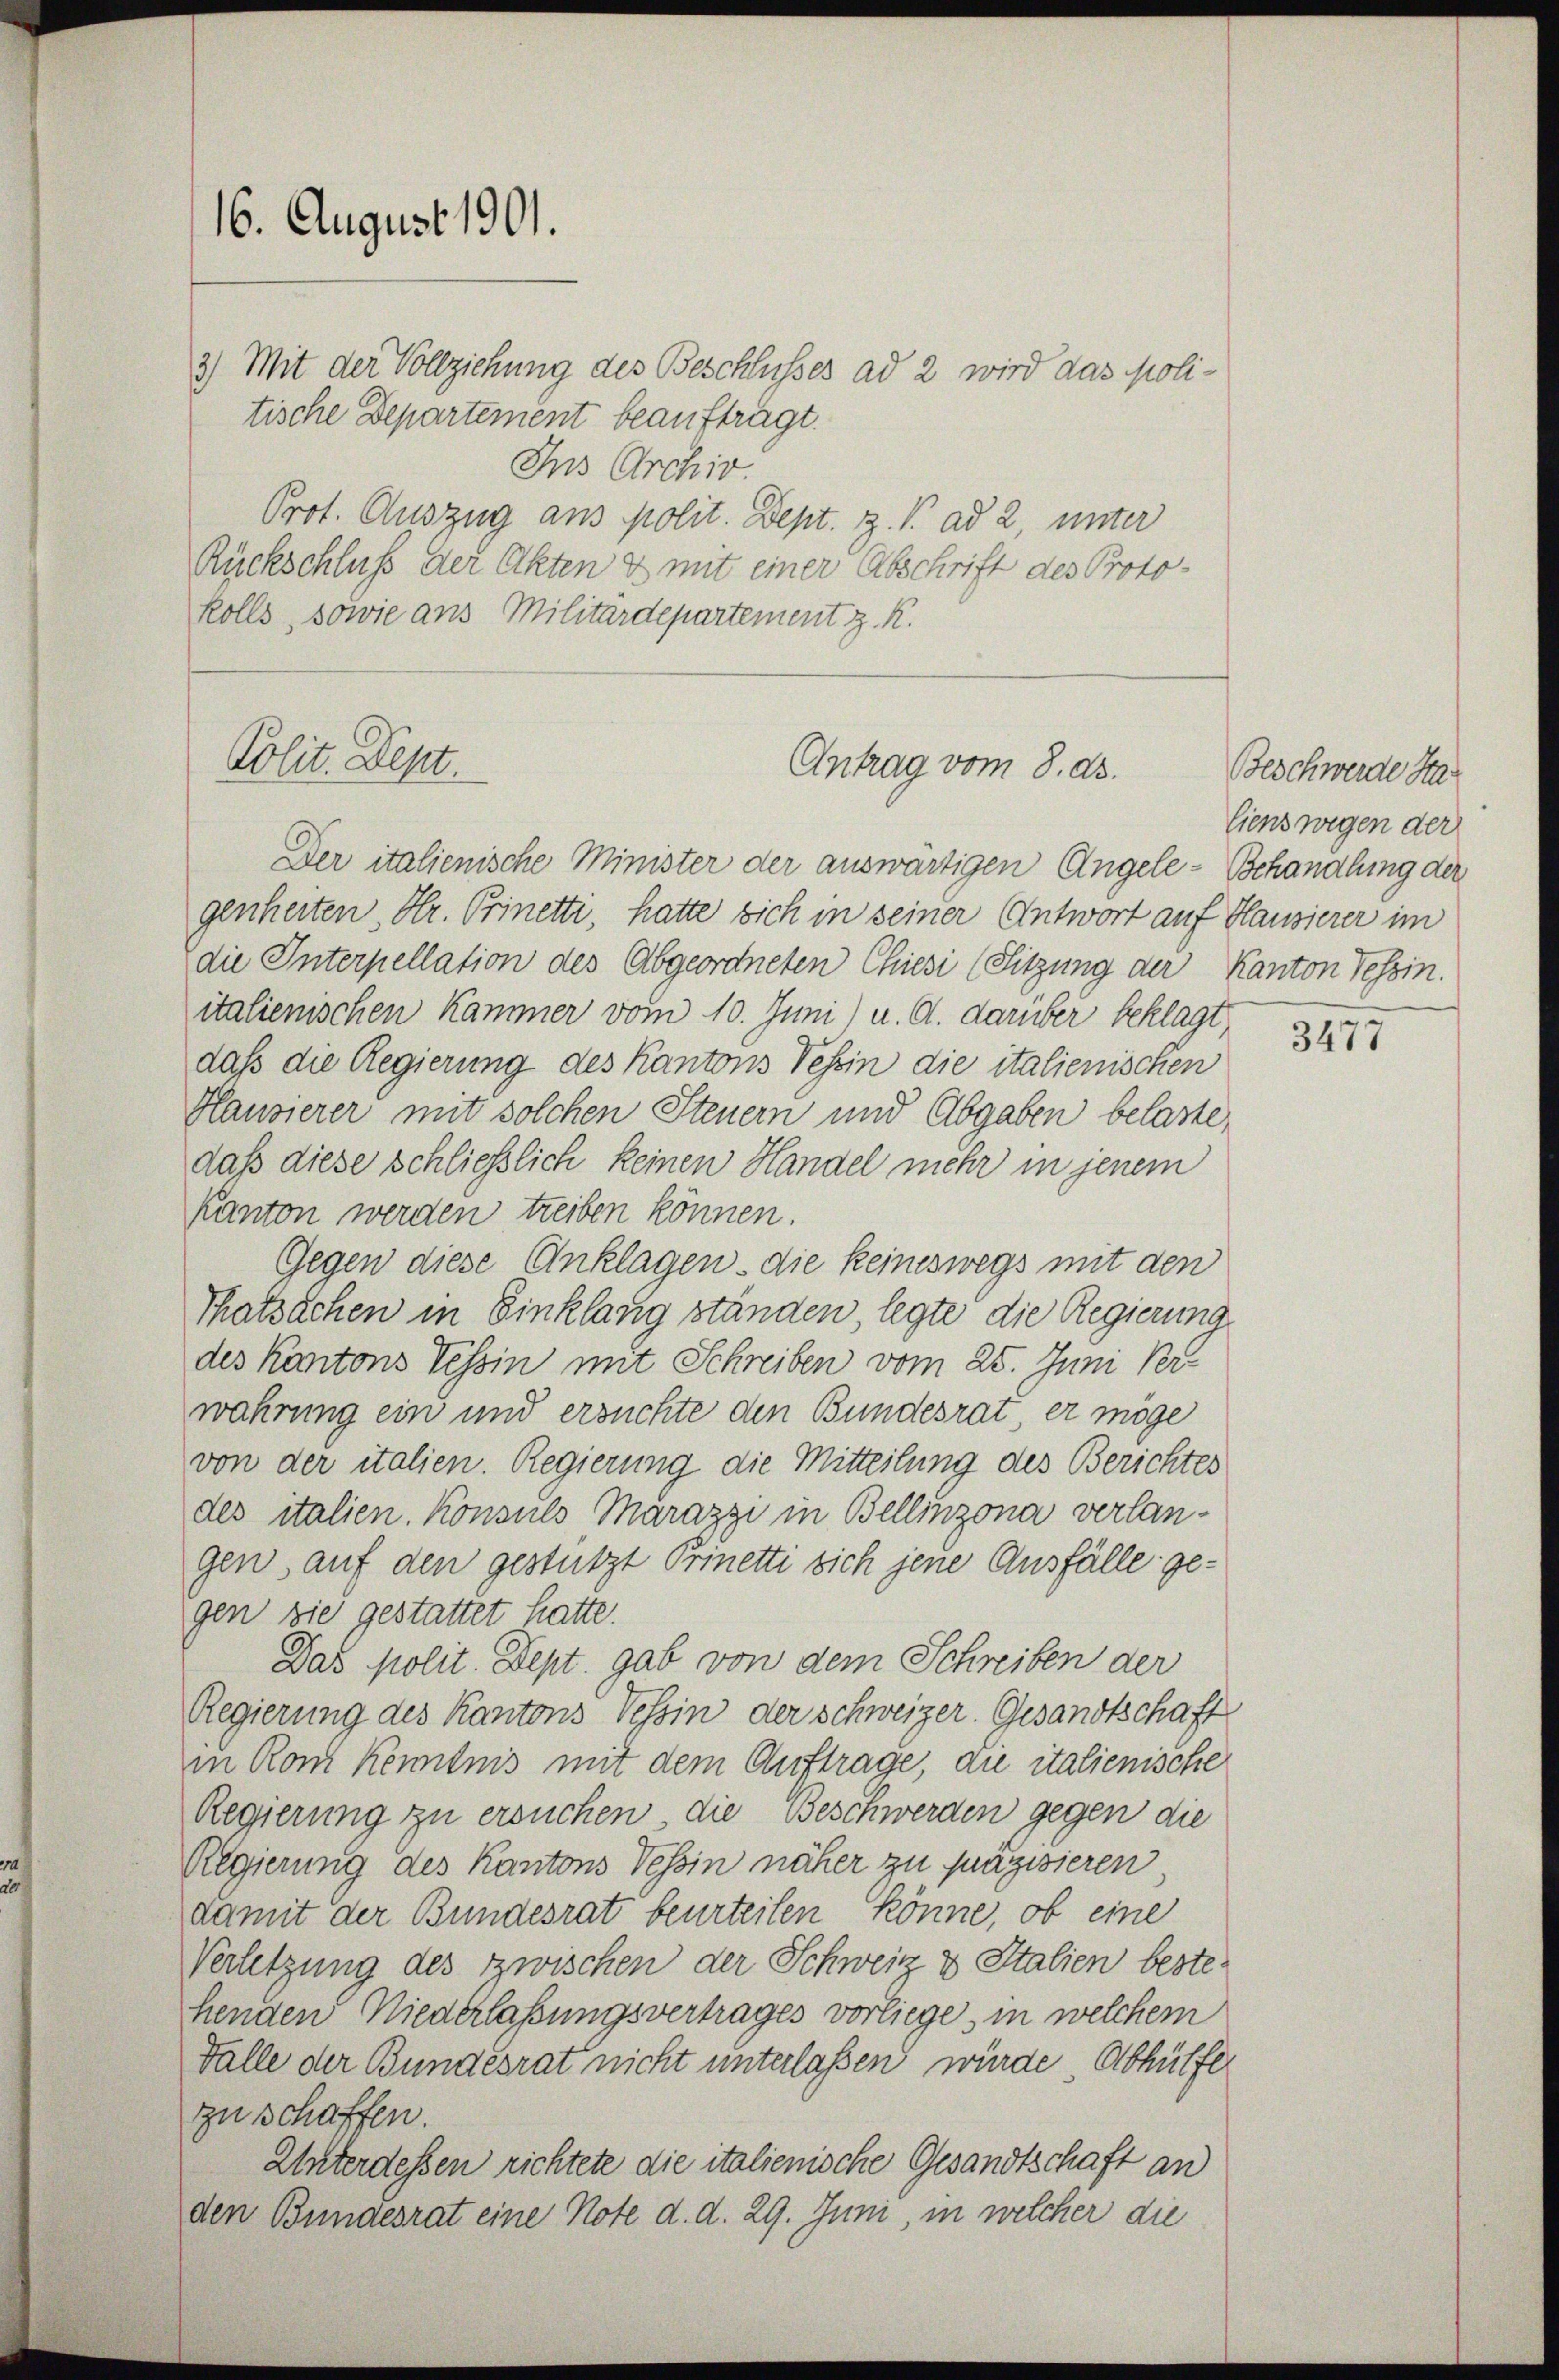
16. August 1901.

Polit. Dept.

tische Departement beaufträgt.
Ins Archiv.
Prot. Auszug aus polit. Dept. Z. V. ad 2, unter
Rückschluß der Akten & mit einer Abschrift des Protokolls, sowie aus Militärdepartement z. R.

3) Mit der Vollziehung des Beschlusses ad 2 wird das poli¬

Antrag vom 8. ds.

genheiten, Hr. Prinetti, hatte sich in seiner Antwort auf Hausierer im
die Interpellation des Abgeordneten Chiesi (Sitzung der Kanton Tessin.
italienischen Kammer vom 10. Juni) u. d. darüber beklagt,
daß die Regierung des Kantons Tessin die italienischen
Hausierer mit solchen Steuern und Abgaben belaste,
daß diese schließlich keinen Handel mehr in jenem
Kanton werden treiben können.
Gegen diese Anklagen - die keineswegs mit den
Thatsachen in Einklang ständen, legte die Regierung
des Kantons Tessin mit Schreiben vom 25. Juni Verwahrung ein und ersuchte den Bundesrat, er möge
von der italien. Regierung die Mitteilung des Berichtes
des italien. Konsuls Marazzi in Bellinzona verlangen, auf den gestützt Prinetti sich jene Ausfälle gegen sie gestattet hatte.
Das polit. Dept. gab von dem Schreiben der
Regierung des Kantons Vessin der Schweizer. Gesandtschaft
in Rom Kenntnis mit dem Auftrage, die italienische
Regierung zu ersuchen die Beschwerden gegen die
Regierung des Kantons Tessin näher zu präzisieren,
damit der Bundesrat beurteilen könne, ob eine
Verletzung des zwischen der Schweiz & Italien bestehenden Niederlassungsvertrages vorliege, in welchem
Falle der Bundesrat nicht unterlaßen würde, Abhülfe
zu schaffen.
Unterdessen richtete die italienische Gesandtschaft an
den Bundesrat eine Note d. d. 29. Juni, in welcher die

Der italienische Minister der auswärtigen Angele-Behandlung der

Beschwerde Haliens wegen der

3477